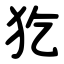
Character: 犵